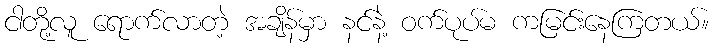
ငါတို့လူ ရောက်လာတဲ့ အချိန်မှာ နင်နဲ့ ဝက်ပုပ်မ ကမြင်းနေကြတယ်။